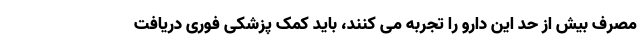
مصرف بیش از حد این دارو را تجربه می کنند، باید کمک پزشکی فوری دریافت